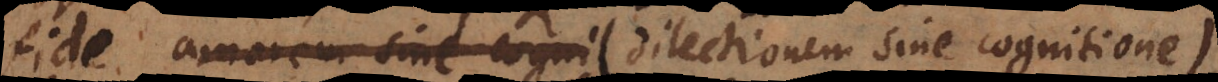
fide amorem sine cogni (dilectionem sine cognitione)